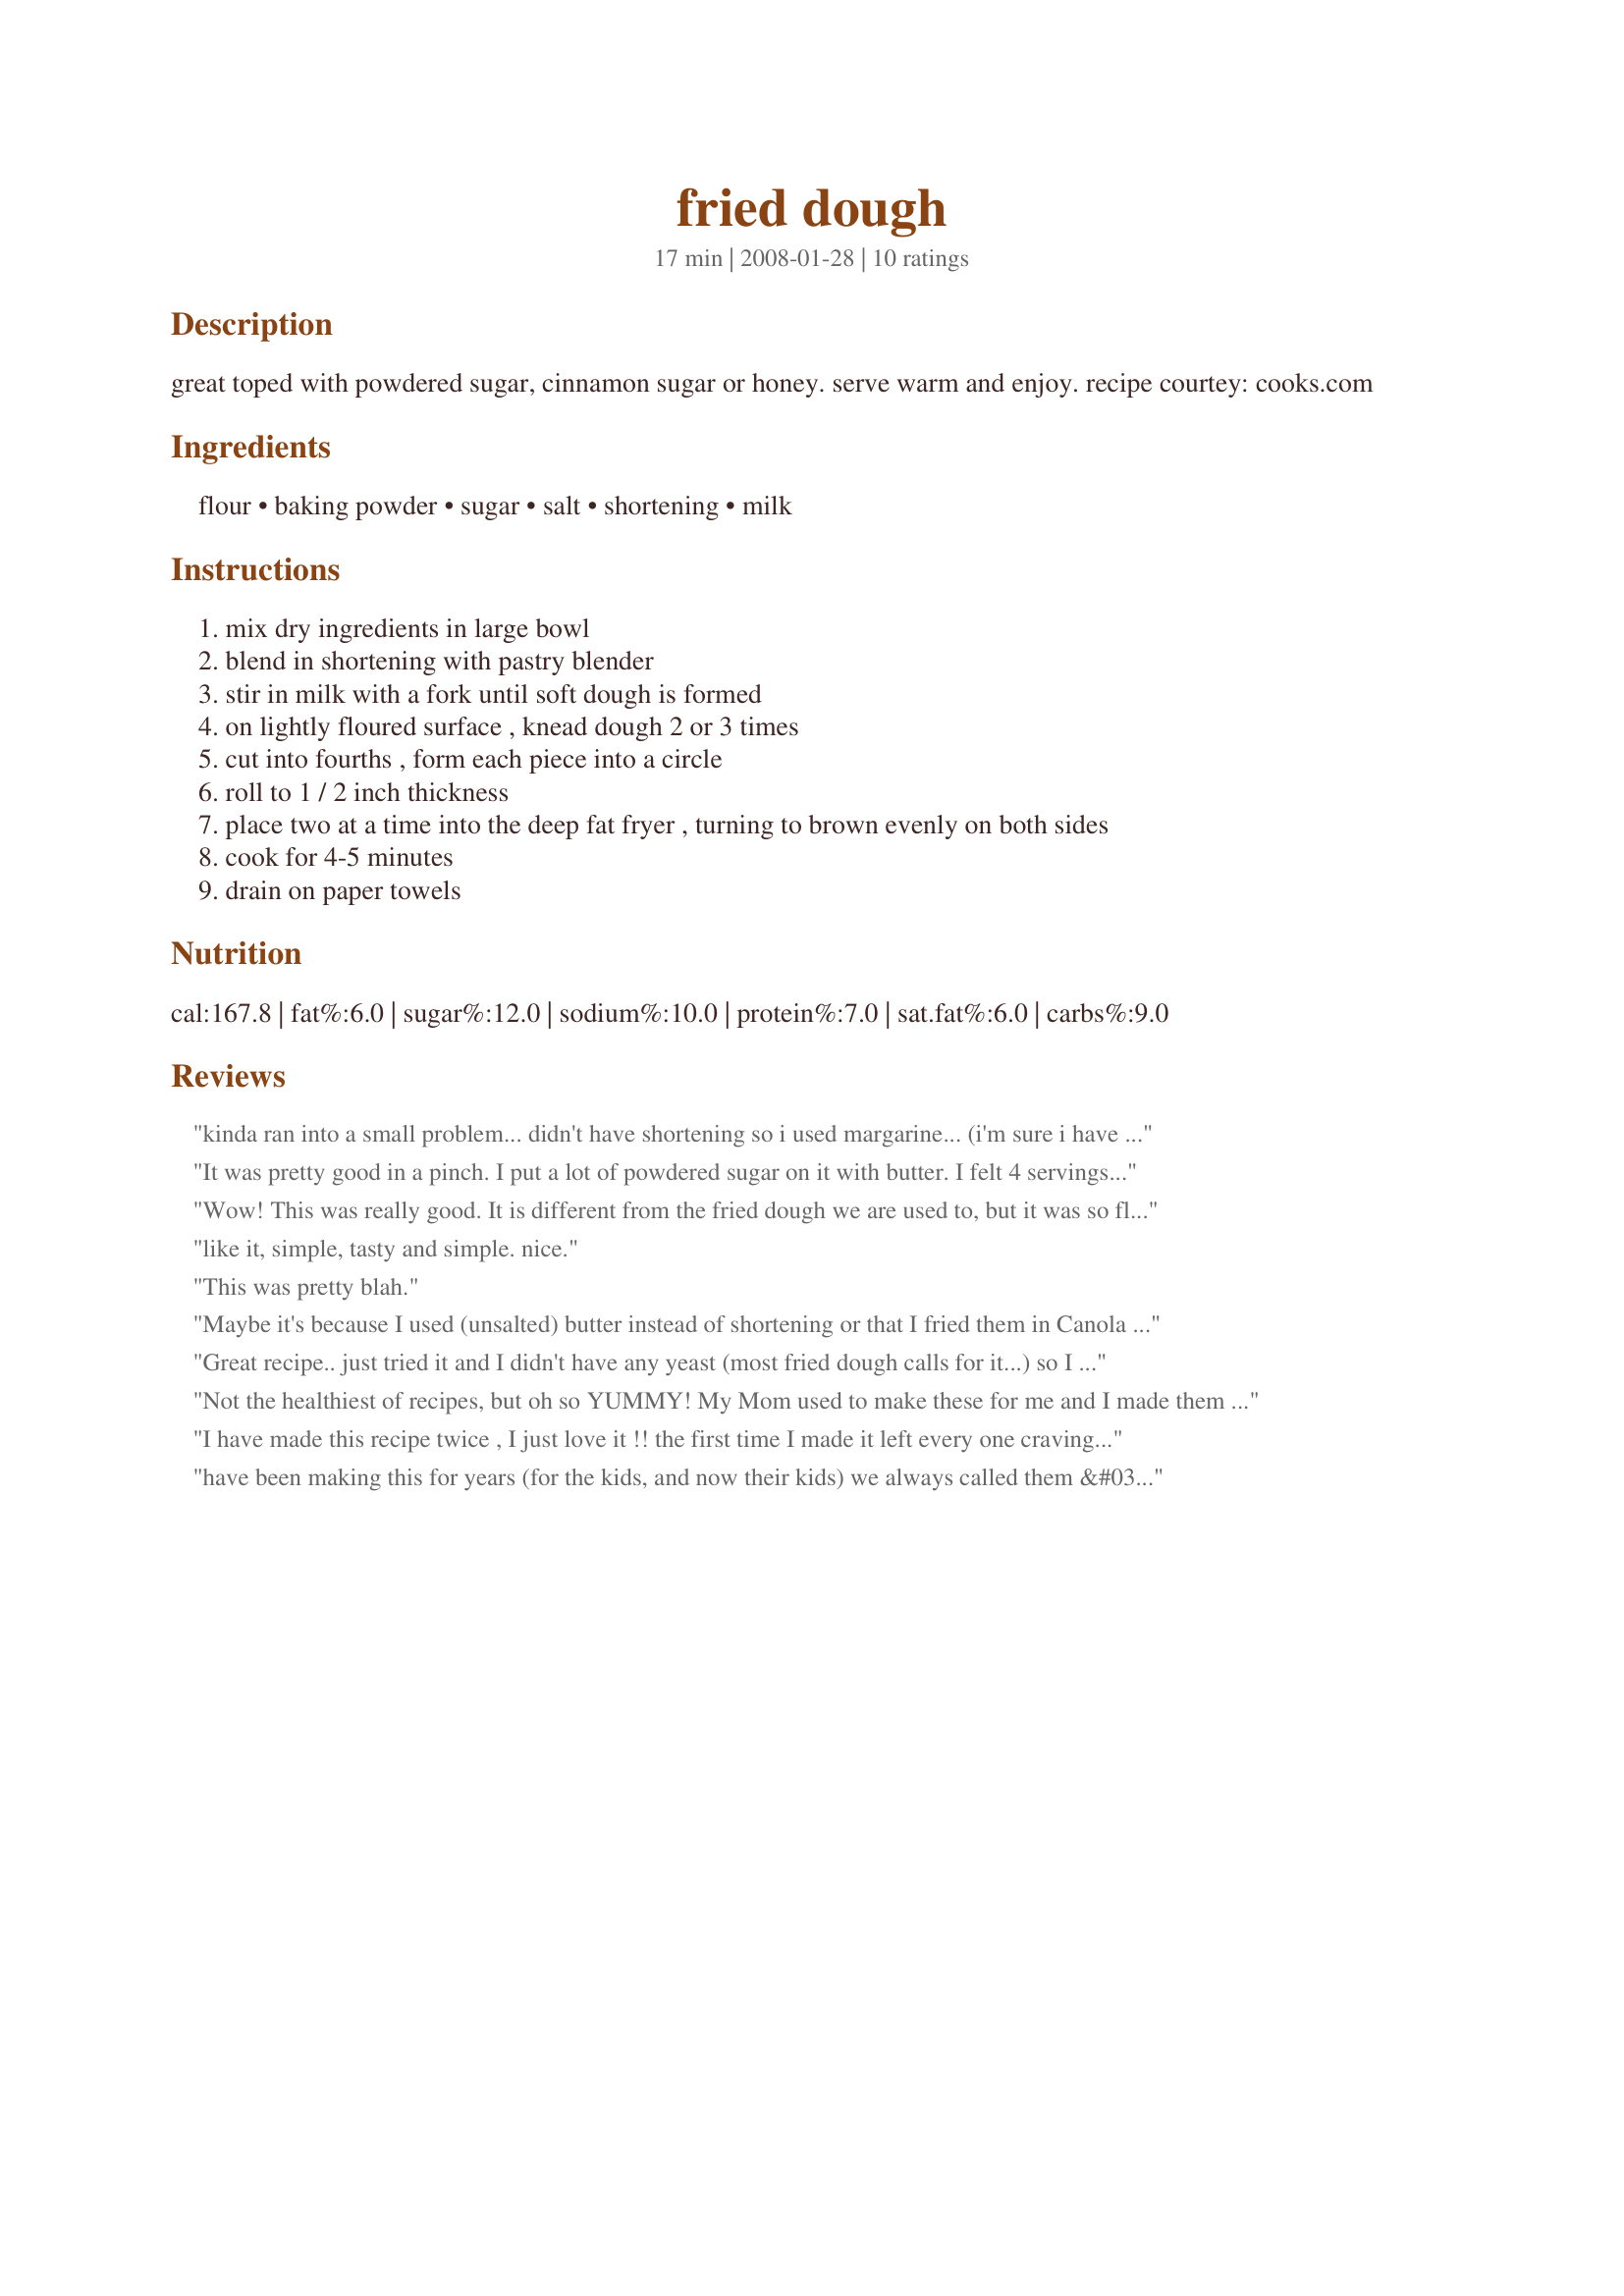
fried dough
Preparation time: 17 minutes

great toped with powdered sugar, cinnamon sugar or honey. serve warm and enjoy. recipe courtey: cooks.com

Ingredients:
flour, baking powder, sugar, salt, shortening, milk

Steps:
mix dry ingredients in large bowl
blend in shortening with pastry blender
stir in milk with a fork until soft dough is formed
on lightly floured surface , knead dough 2 or 3 times
cut into fourths , form each piece into a circle
roll to 1 / 2 inch thickness
place two at a time into the deep fat fryer , turning to brown evenly on both sides
cook for 4-5 minutes
drain on paper towels

Reviews:
kinda ran into a small problem... didn't have shortening so i used margarine... (i'm sure i have chefs everywhere cringing on that idea...) came out great different texture but really good with powdered sugar... i also recommend using a set of tongs to flip the dough not a spatula :P
It was pretty good in a pinch. I put a lot of powdered sugar on it with butter. I felt 4 servings were way too much for this. More like 2 servings and 2 minutes per side was almost too much cooking time.
Wow! This was really good. It is different from the fried dough we are used to, but it was so flavorful AND easy to make. Thanks for the recipe!
like it, simple, tasty and simple. nice.
This was pretty blah.
Maybe it's because I used (unsalted) butter instead of shortening or that I fried them in Canola oil, or even that I used 2% milk, but my kids didn't like them. They're 11 &amp; 8 and don't ever get &quot;dessert&quot;, so I figured I'd try this recipe. Everyone's tastebuds are different.
Great recipe.. just tried it and I didn't have any yeast (most fried dough calls for it...) so I did not have many options. The dough says to roll out to 1/2 inch but I just flattened the 4 balls with my hand pretty thin.. like a tad thicker than pie crust and they thicken up as they fry. The first one I kept really thick (like the recipe called for) and it actually was cooked well outside and inside was a little bit under cooked. So the thinner you go the better in my experience with it!

Yummmm.. and a good thing to top with is just a little red sauce and sprinkle of parm cheese :) Just like Blinks fried dough from the beach!!!
Not the healthiest of recipes, but oh so YUMMY! My Mom used to make these for me and I made them this morning for my kiddos. They are happily munching as I type! Thanks!
I have made this recipe twice , I just love it !! the first time I made it left every one craving!!!.. <br/>I made a youtube video on this recipe check it out you will see me cooking . <br/><br/>http://www.youtube.com/watch?v=n7envGVcfWY&feature=results_video
have been making this for years (for the kids, and now their kids) we always called them &#039;elephants ears&#039; and &#039;beavertails&#039;, they were gone in a flash. also, they go great with gravy and cheese curds ala french canadian &#039;poutine&#039;, thanx for posting, now i gonna go and make some more
